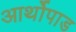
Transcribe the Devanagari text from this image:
आर्थोपाड